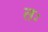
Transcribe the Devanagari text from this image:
तः